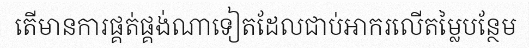
តើមានការផ្គត់ផ្គង់ណាទៀតដែលជាប់អាករលើតម្លៃបន្ថែម